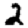
Digit: 2